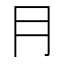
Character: ⺝